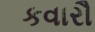
કવારૌ